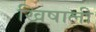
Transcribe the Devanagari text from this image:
खिषाली